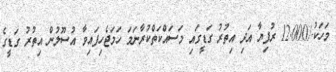
މަހަކު-/12